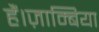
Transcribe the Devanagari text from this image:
हैं।ज़ाम्बिया